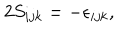
LaTeX: 2 S _ { i j k } = - \epsilon _ { i j k } ,